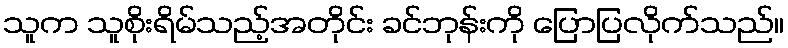
သူက သူစိုးရိမ်သည့်အတိုင်း ခင်ဘုန်းကို ပြောပြလိုက်သည်။